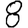
Digit: 8